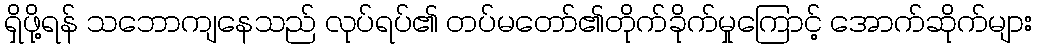
ရှိဖို့ရန် သဘောကျနေသည် လုပ်ရပ်၏ တပ်မတော်၏တိုက်ခိုက်မှုကြောင့် အောက်ဆိုက်များ